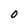
Character: O